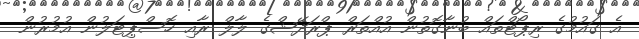
އެ ގައުމުގެ ރިޕޯޓްތައް ބުނާގޮތުން އުއްތަރް ޕްރަދޭޝްގެ ލާލް ރާއި ހޮސްޕިޓަލުން އުމުރުން